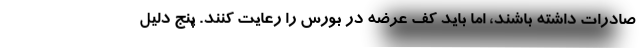
صادرات داشته باشند، اما باید کف عرضه در بورس را رعایت کنند. پنج دلیل